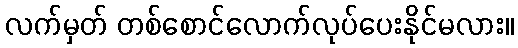
လက်မှတ် တစ်စောင်လောက်လုပ်ပေးနိုင်မလား။